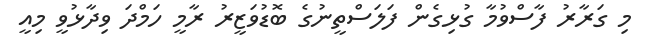
މި ގަރާރު ފާސްވުމާ ގުޅިގެން ފަލަސްތީނުގެ ބޮޑުވަޒީރު ރާމީ ހަމްދަ ވިދާޅުވީ މިއީ